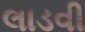
લાડવી